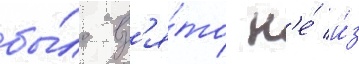
бы́ло вз'я́то н'е́ и́з